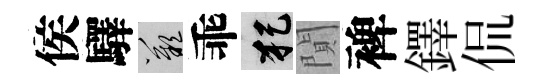
侯驛嘆乖犯閴裨鐸侃